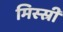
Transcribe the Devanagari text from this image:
मिस्स्री